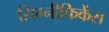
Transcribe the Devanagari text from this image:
सिग्नीफिकेंस